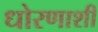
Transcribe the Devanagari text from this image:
धोरणाशी